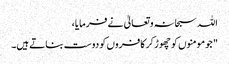
اللہ سبحانہ و تعالیٰ نے فرمایا،
" جو مومنوں کو چھوڑ کر کافروں کو دوست بناتے ہیں۔